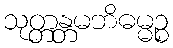
သုတ္တန္တမဘိဓမ္မဉ္စ